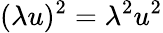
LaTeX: (\lambda u)^{2}=\lambda^{2}u^{2}